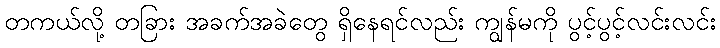
တကယ်လို့ တခြား အခက်အခဲတွေ ရှိနေရင်လည်း ကျွန်မကို ပွင့်ပွင့်လင်းလင်း